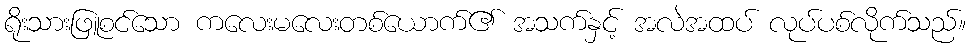
ရိုးသားဖြူစင်သော ကလေးမလေးတစ်ယောက်၏ အသက်နှင့် အလဲအထပ် လုပ်ပစ်လိုက်သည်။